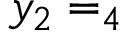
y _ { 2 } = _ { 4 }